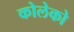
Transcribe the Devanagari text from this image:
कोलेको